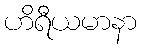
ဟိရီယမာနာ